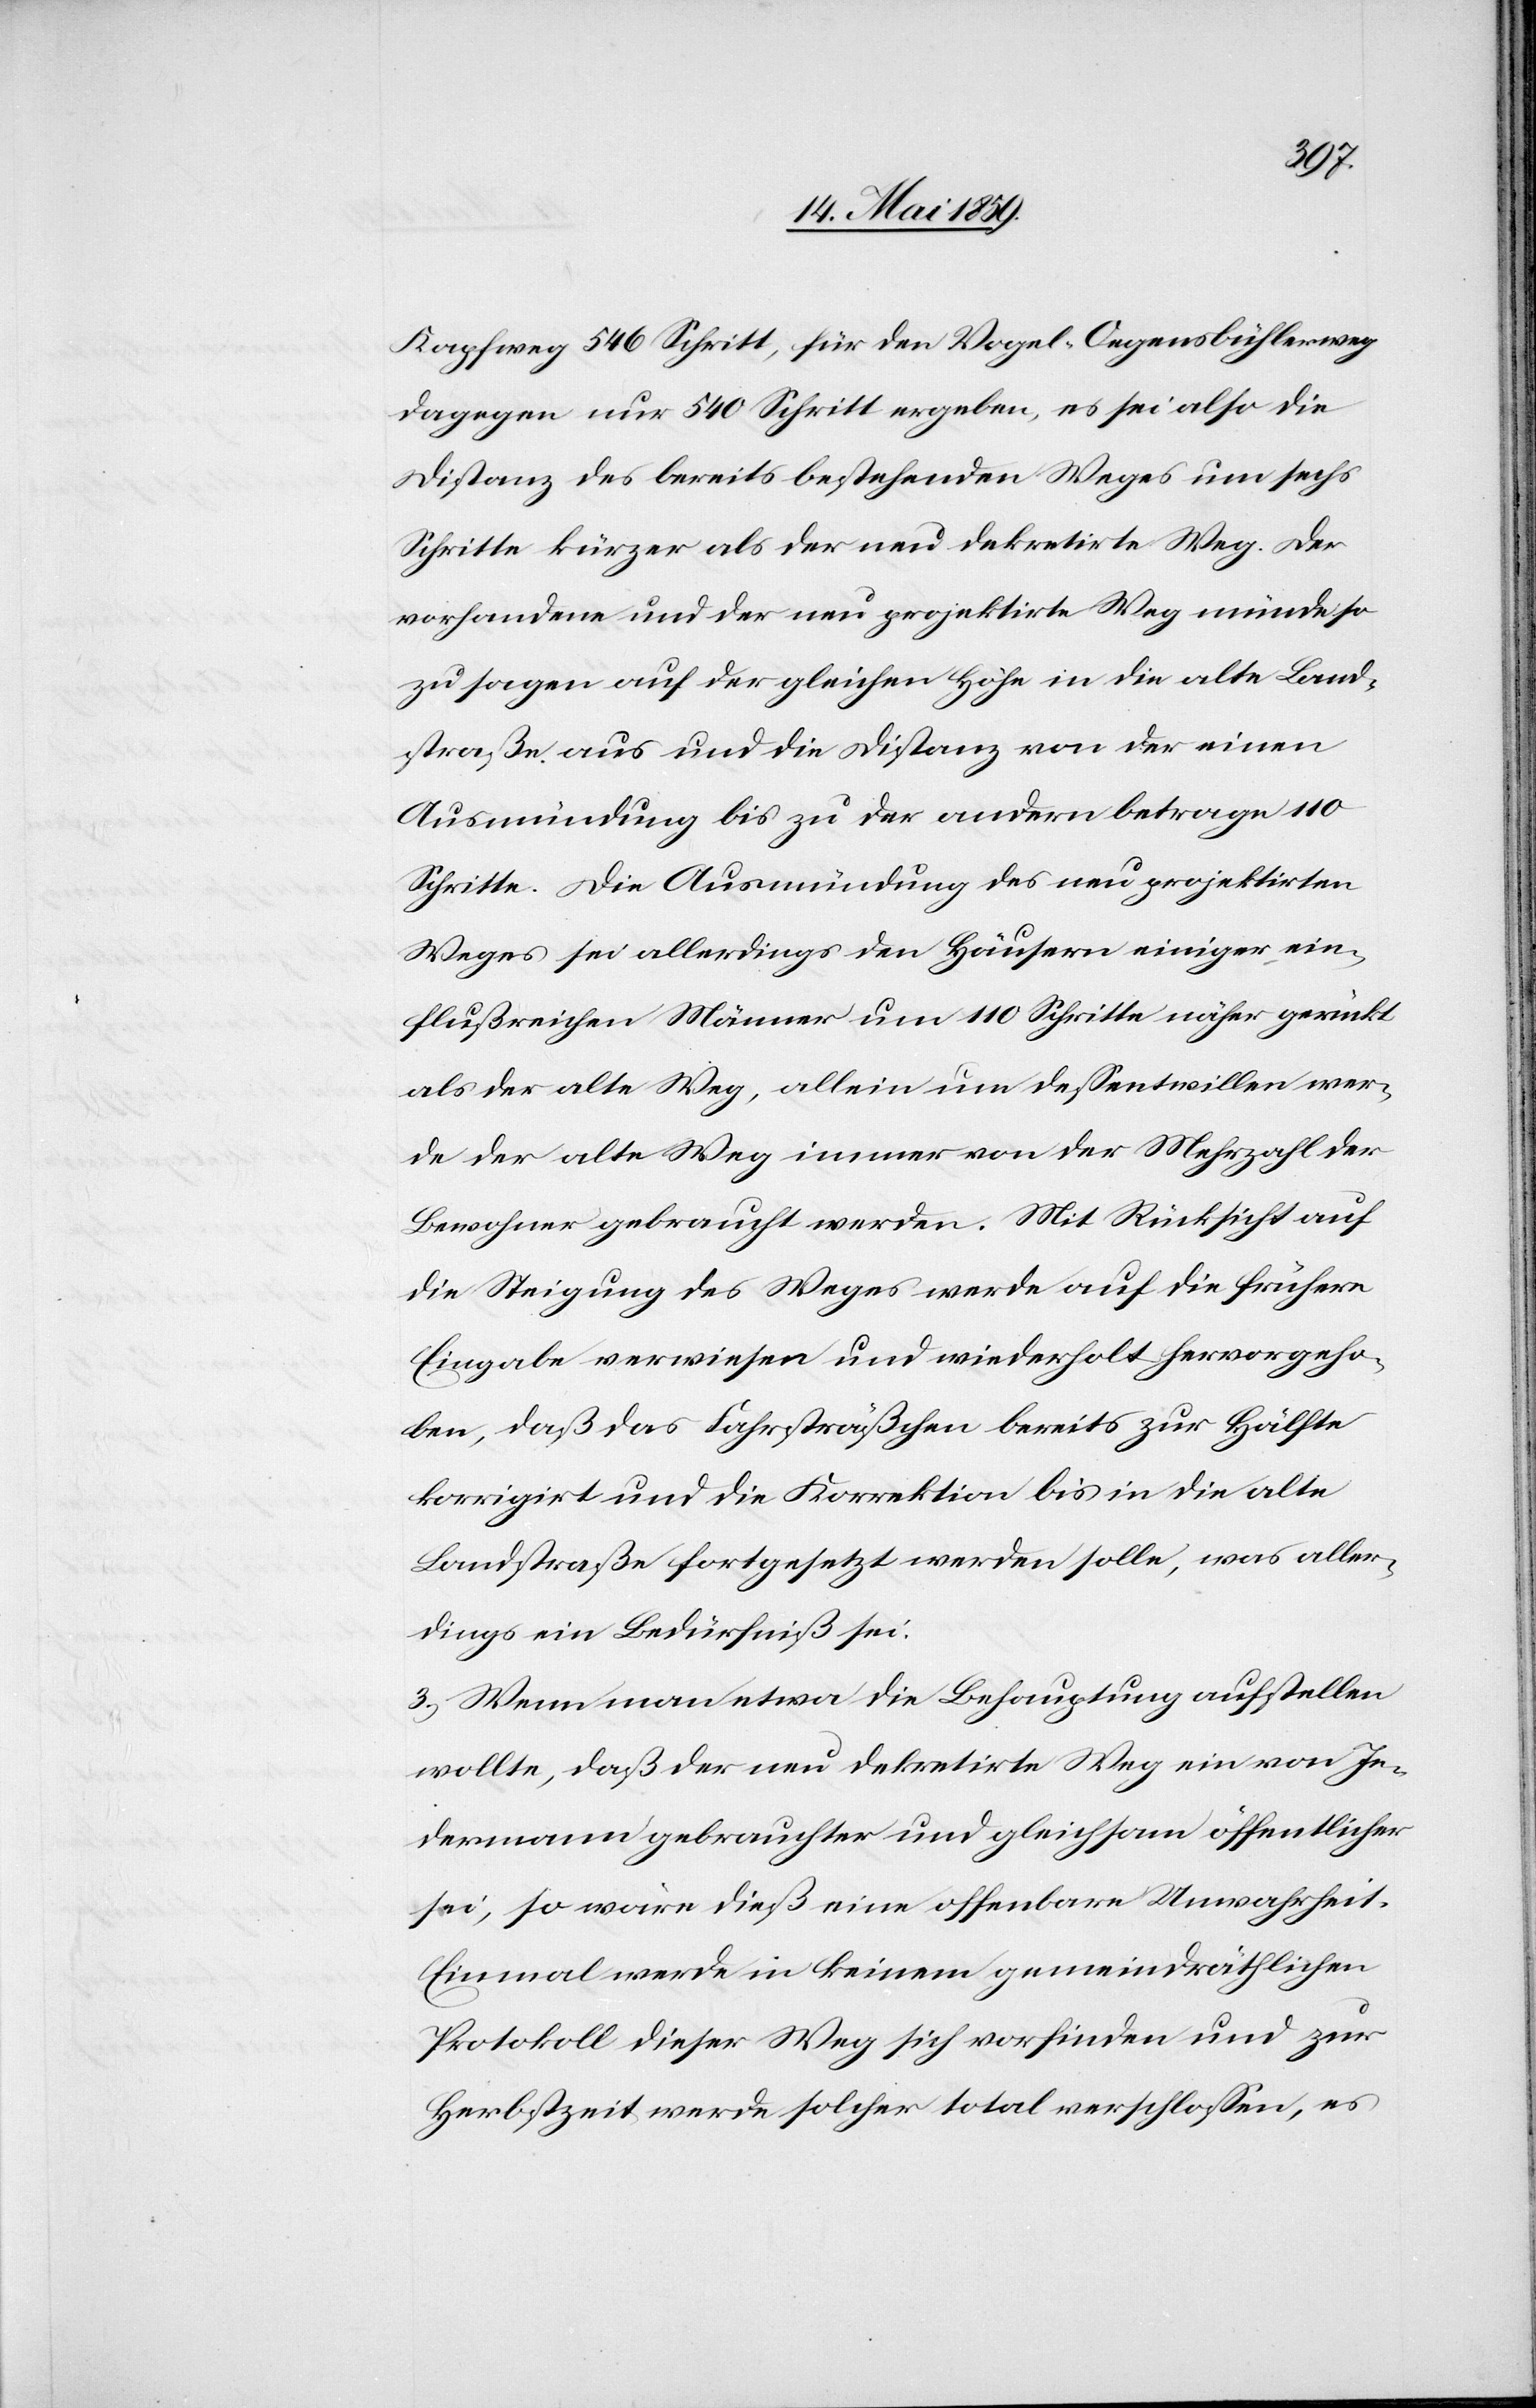
Kapfweg 546 Schritt, für den Vogel-Oegensbühlerweg
dagegen nur 540 Schritt ergeben, es sei also die
Distanz des bereits bestehenden Weges um sechs
Schritte kürzer als der neu dekretirte Weg. Der
vorhandene und der neu projektirte Weg münde so
zu sagen auf der gleichen Höhe in die alte Land¬
straße aus und die Distanz von der einen
Ausmündung bis zu der andern betrage 110
Schritte. Die Ausmündung des neu projektirten
Weges sei allerdings den Häusern einiger ein¬
flußreichen Männer um 110 Schritte näher gerückt
als der alte Weg, allein um deßentwillen wer¬
de der alte Weg immer von der Mehrzahl der
Bewohner gebraucht werden. Mit Rücksicht auf
die Steigung des Weges werde auf die frühere
Eingabe verwiesen und wiederholt hervorgeho¬
ben, daß das Fahrsträßchen bereits zur Hälfte
korrigirt und die Korrektion bis in die alte
Landstraße fortgesetzt werden solle, was aller¬
dings ein Bedürfniß sei.
3) Wenn man etwa die Behauptung aufstellen
wollte, daß der neu dekretirte Weg ein von Je¬
dermann gebrauchter und gleichsam öffentlicher
sei, so wäre dieß eine offenbare Unwahrheit.
Einmal werde in keinem gemeindräthlichen
Protokoll dieser Weg sich vorfinden und zur
Herbstzeit werde solcher total verschloßen, es